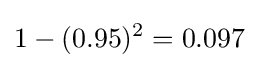
1-(0.95)^{2}=0.097